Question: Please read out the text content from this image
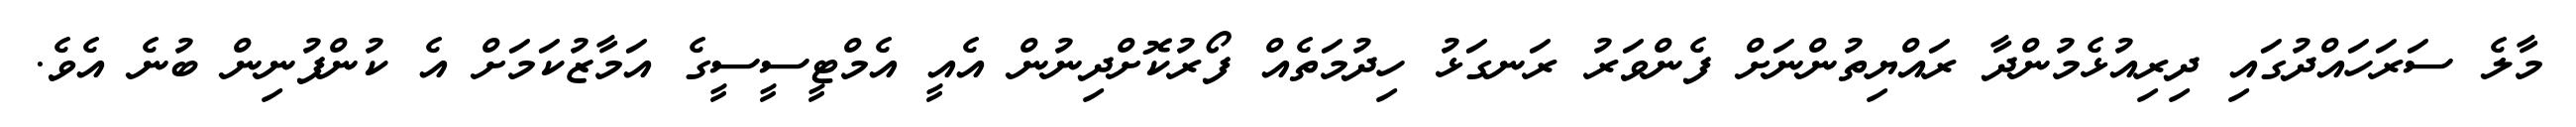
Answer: މާލެ ސަރަހައްދުގައި ދިރިއުޅެމުންދާ ރައްޔިތުންނަށް ފެންވަރު ރަނގަޅު ހިދުމަތެއް ފޯރުކޮށްދިނުން އެއީ އެމްޓީސީސީގެ އަމާޒުކަމަށް އެ ކުންފުނިން ބުނެ އެވެ.